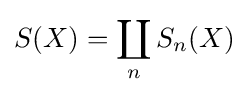
S(X)=\coprod _{n}S_{n}(X)